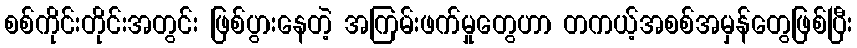
စစ်ကိုင်းတိုင်းအတွင်း ဖြစ်ပွားနေတဲ့ အကြမ်းဖက်မှုတွေဟာ တကယ့်အစစ်အမှန်တွေဖြစ်ပြီး